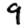
Digit: 9